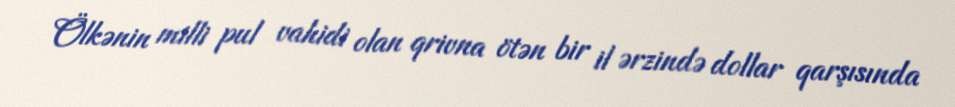
Ölkənin milli pul vahidi olan qrivna ötən bir il ərzində dollar qarşısında